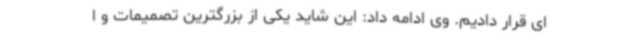
ای قرار دادیم. وی ادامه داد: این شاید یکی از بزرگترین تصمیمات و ا